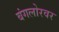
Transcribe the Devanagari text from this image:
बंगलोरवर